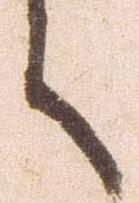
言